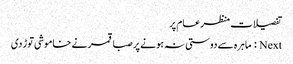
تفصیلات منظرعام پر
Next : ماہرہ سے دوستی نہ ہونے پر صبا قمر نے خاموشی توڑ دی